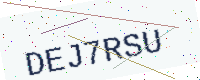
Text: DEJ7RSU